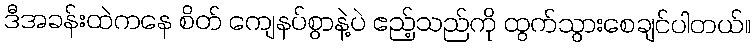
ဒီအခန်းထဲကနေ စိတ် ကျေနပ်စွာနဲ့ပဲ ဧည့်သည်ကို ထွက်သွားစေချင်ပါတယ်။